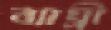
ব্যাঘ্রী